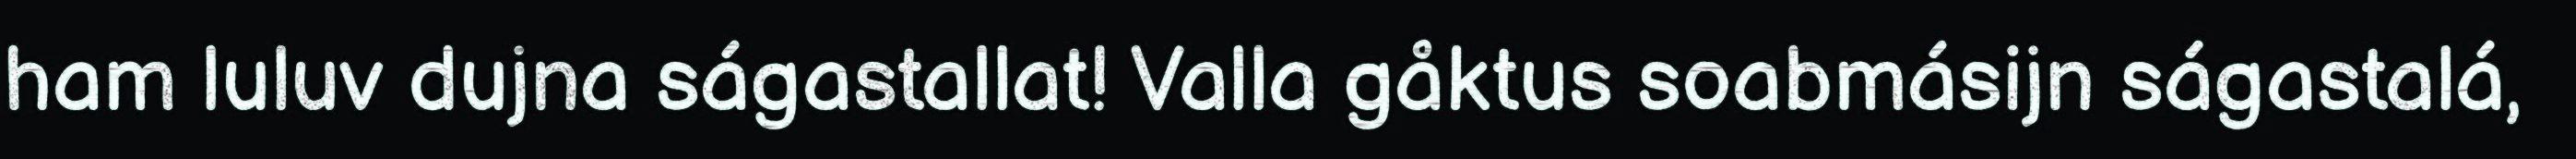
ham luluv dujna ságastallat! Valla gåktus soabmásijn ságastalá,